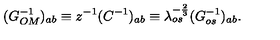
( G _ { O M } ^ { - 1 } ) _ { a b } \equiv z ^ { - 1 } ( C ^ { - 1 } ) _ { a b } \equiv \lambda _ { o s } ^ { - { \frac { 2 } { 3 } } } ( G _ { o s } ^ { - 1 } ) _ { a b } .